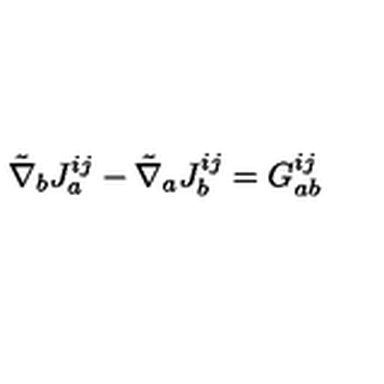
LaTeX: { \tilde { \nabla } } _ { b } J _ { a } ^ { i j } - { \tilde { \nabla } } _ { a } J _ { b } ^ { i j } = G _ { a b } ^ { i j }